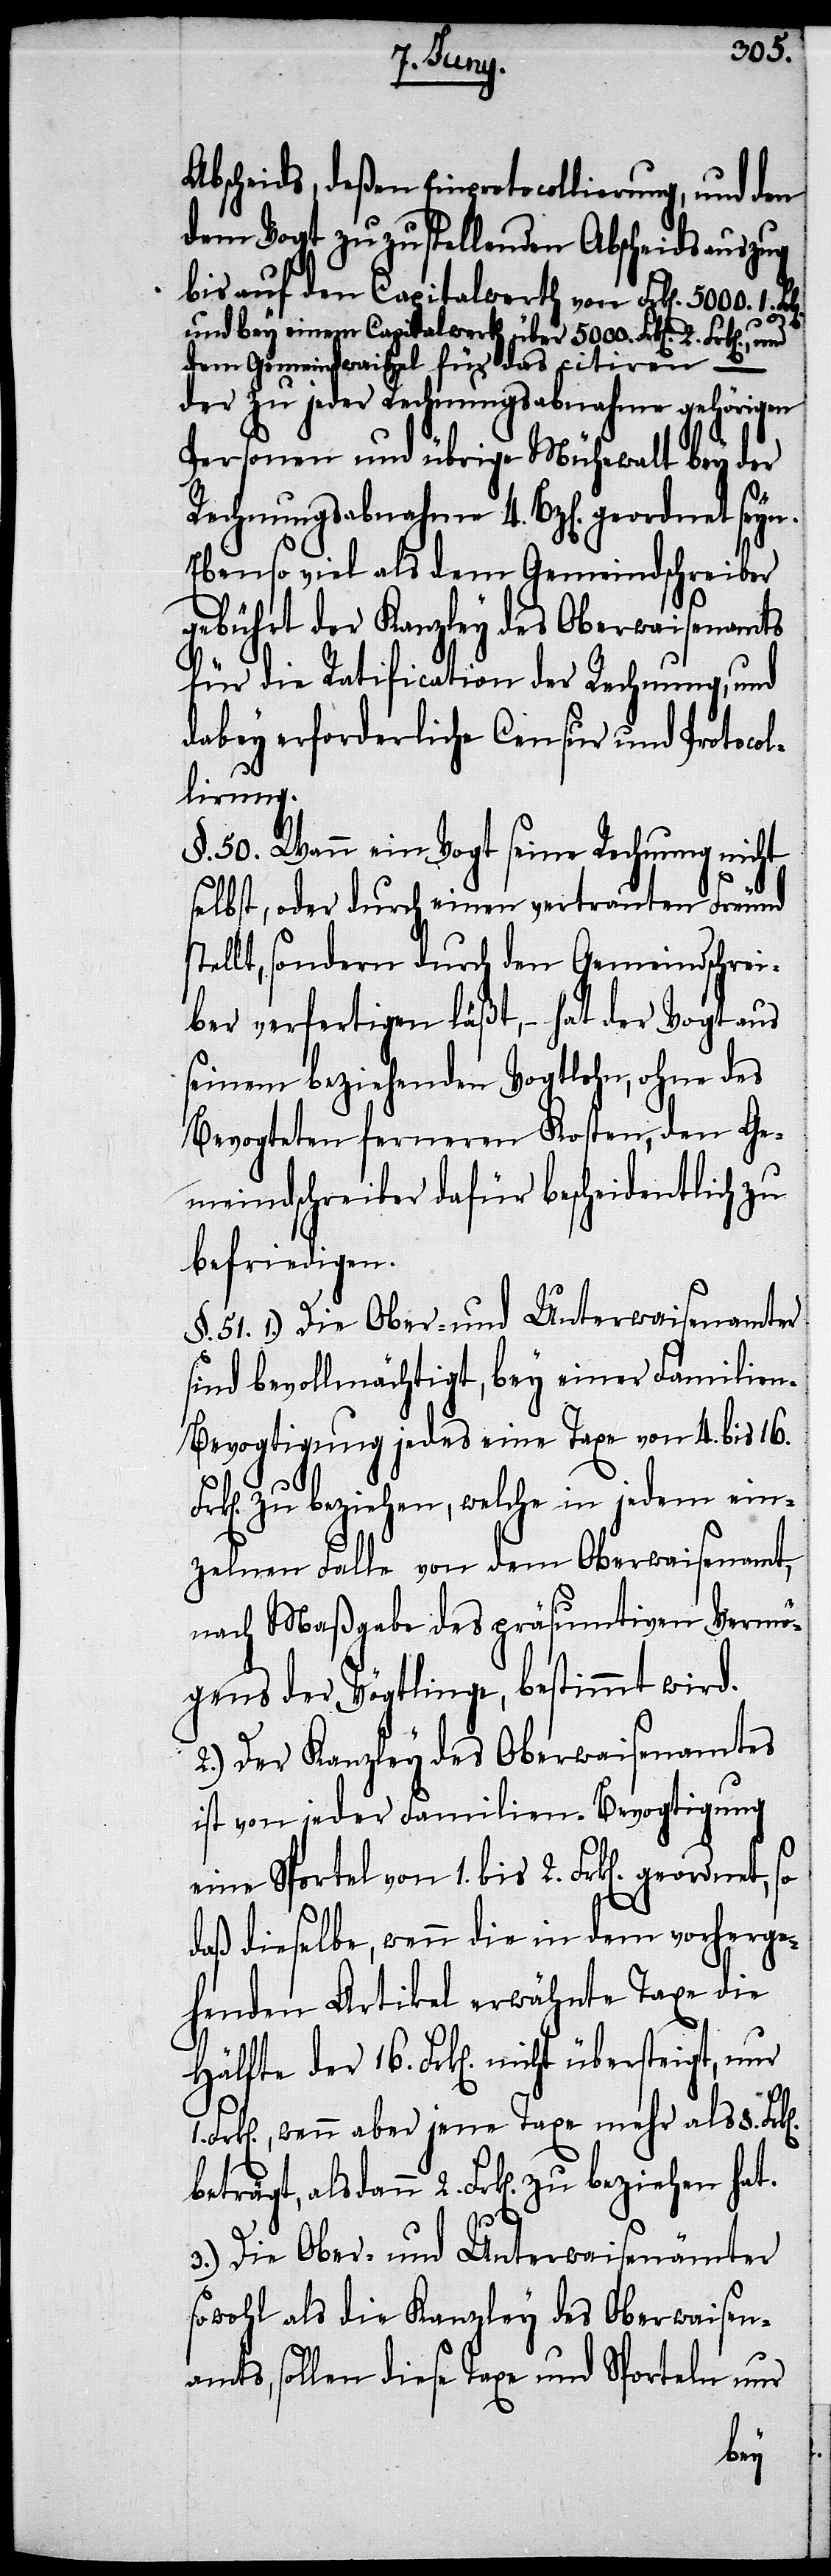
Abscheids, deßen Einprotocollierung, und den
dem Vogt zuzustellenden Abscheidsauszug
bis auf den Capitalwerth von Frk[en]. 5000. 1.
und bey einem Capitalwerth über 5000. Frk[en].
dem Gemeindwaibel für das citiren –
der zu jeder Rechnungsabnahme gehörigen
Personen und übrige Mühewalt bey der
Rechnungsabnahme 4. Bz[en]. geordnet seyn.
Ebenso viel als dem Gemeindschreiber
gebührt der Kanzley des Oberwaisenamts
für die Ratification der Rechnung, und
dabey erforderliche Censur und Protocol¬
lirung.
§. 50. Wann ein Vogt seine Rechnung nicht
selbst, oder durch einen vertrauten Freund
tellt, sondern durch den Gemeindschrei¬
ber verfertigen läßt, – hat der Vogt aus
seinem beziehenden Vogtlohn, ohne des
Bevogteten ferneren Kosten, den Ge¬
meindschreiber dafür bescheidentlich zu
befriedigen.
§. 51. 1.) Die Ober- und Unterwaisenamter
sind bevollmächtigt, bey einer Familie¬
n-Bevogtigung jedes eine Taxe von 4. bis 16.
zu beziehen, welche in jedem ein¬
zelnen Falle von dem Oberwaisenamt,
nach Maßgabe des präsumtiven Vermö¬
gens der Vögtlinge, bestimt wird.
2.) Der Kanzley des Oberwaisenamtes
ist von jeder Familien-Bevogtigung
eine Sportel von 1. bis 2. Frk[en].
daß dieselbe, wenn die in dem vorherge¬
henden Artikel erwähnte Taxe die
Frk[en]., wenn aber jene Taxe mehr als 8.
beträgt, als dann 2. Frk[en]. zu beziehen
hat.
3.) Die Ober- und Unterwaisenämter
sowohl als die Kanzley des Oberwaisen¬
amts, sollen diese Taxe und Sporteln nur
der